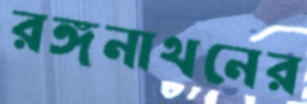
রঙ্গনাথনের